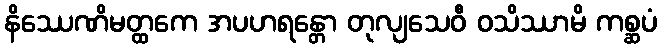
နိဿေဏိမတ္ထကေ အပဟရန္တော တုလျသေဝီ ဝသိဿာမိ ကစ္ဆပံ